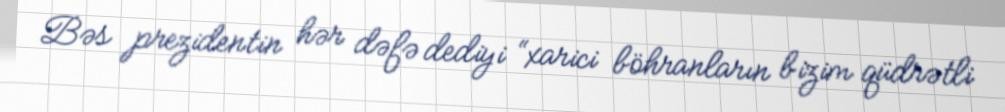
Bəs prezidentin hər dəfə dediyi “xarici böhranların bizim qüdrətli